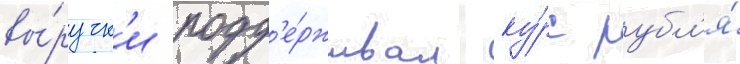
вы́ручк'и подд'е́рживал ку́рс рубл'я́